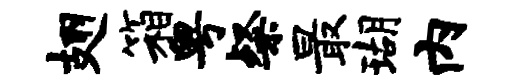
翅箱粤粲最瑚内